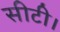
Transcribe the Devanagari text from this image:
सीटी।